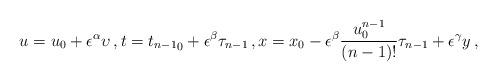
LaTeX: \begin{align*}u=u_0+\epsilon^{\alpha} {\upsilon}\, , t={t_{n-1}}_0+\epsilon^{\beta} {\tau}_{n-1}\, , x=x_0-\epsilon^{\beta} \frac{u_0^{n-1}}{(n-1)!} {\tau}_{n-1} +\epsilon^{\gamma} {{y}}\, , \end{align*}